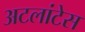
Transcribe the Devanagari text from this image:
अटलांटेस